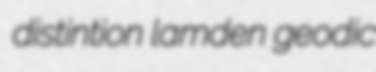
distintion lamden geodic